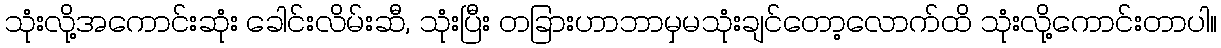
သုံးလို့အကောင်းဆုံး ခေါင်းလိမ်းဆီ, သုံးပြီး တခြားဟာဘာမှမသုံးချင်တော့လောက်ထိ သုံးလို့ကောင်းတာပါ။